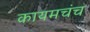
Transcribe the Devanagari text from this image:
कायमचंच